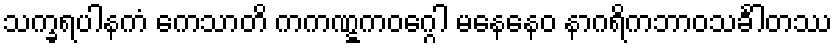
သက္ခရပါနကံ ကေသာတိ ကကဏ္ဋကဝဂ္ဂေါ မနေနေဝ နာဂရိကဘာဝသင်္ခါတဿ